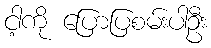
ငါ့ကို ပြောပြစမ်းပါဦး